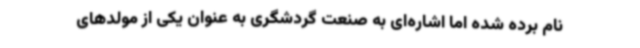
نام برده شده اما اشاره‌ای به صنعت گردشگری به عنوان یکی از مولدهای